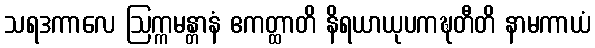
သရဒကာလေ ဩက္ကမန္တာနံ ဧကတ္ထာတိ နိရယာယုပကဍ္ဎတီတိ နာမကာယံ